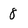
Character: 8